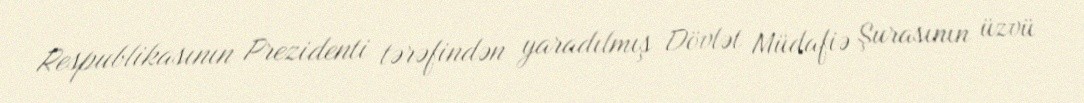
Respublikasının Prezidenti tərəfindən yaradılmış Dövlət Müdafiə Şurasının üzvü